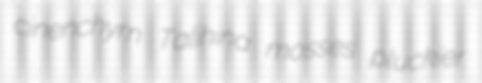
cinenchym Talihina mosses pluckier